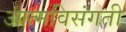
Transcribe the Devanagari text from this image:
आत्मविसंगती